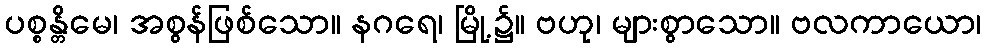
ပစ္စန္တိမေ၊ အစွန်ဖြစ်သော။ နဂရေ၊ မြို့၌။ ဗဟု၊ များစွာသော။ ဗလကာယော၊